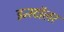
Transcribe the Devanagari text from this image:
इन्स्टॉलर